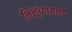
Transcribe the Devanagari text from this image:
भिक्षूंच्यासाठी